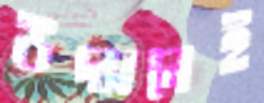
উদ্যানেই